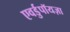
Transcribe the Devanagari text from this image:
एवर्डुपॉयज़ा